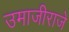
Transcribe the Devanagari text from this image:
उमाजीराजे